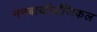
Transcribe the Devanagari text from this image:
ननबायाॅलाॅजिकल